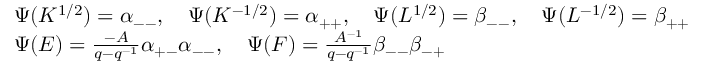
\begin{array} { r l } { } & { \Psi ( K ^ { 1 / 2 } ) = \alpha _ { -- } , \quad \Psi ( K ^ { - 1 / 2 } ) = \alpha _ { + + } , \quad \Psi ( L ^ { 1 / 2 } ) = \beta _ { -- } , \quad \Psi ( L ^ { - 1 / 2 } ) = \beta _ { + + } } \\ { } & { \Psi ( E ) = \frac { - A } { q - q ^ { - 1 } } \alpha _ { + - } \alpha _ { -- } , \quad \Psi ( F ) = \frac { A ^ { - 1 } } { q - q ^ { - 1 } } \beta _ { -- } \beta _ { - + } } \end{array}